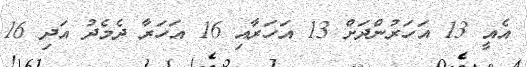
އެއީ 13 އަހަރުންދަށް 13 އަހަރާއި 16 އަހަރާ ދެމެދު އަދި 16